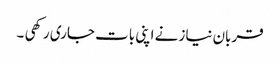
قربان نیاز نے اپنی بات جاری رکھی ۔